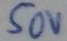
Text: 50v